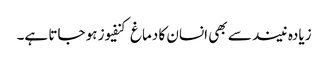
زیادہ نیند سے بھی انسان کا دماغ کنفیوز ہو جاتا ہے۔